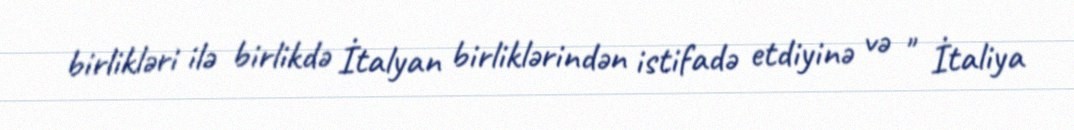
birlikləri ilə birlikdə İtalyan birliklərindən istifadə etdiyinə və " İtaliya